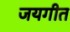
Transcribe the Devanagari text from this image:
जयगीत